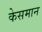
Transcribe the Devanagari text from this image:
केसमान